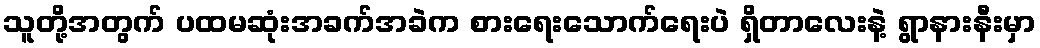
သူတို့အတွက် ပထမဆုံးအခက်အခဲက စားရေးသောက်ရေးပဲ ရှိတာလေးနဲ့ ရွာနားနီးမှာ